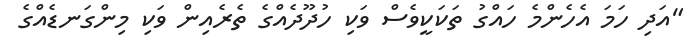
"އަދި ހަމަ އެހެންމެ ހައްގު ތަކަކީވެސް ވަކި ހުދޫދެއްގެ ތެރެއިން ވަކި މިންގަނޑެއްގެ